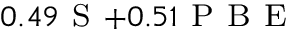
_ { 0 . 4 9 \mathrm { ~ S ~ } + 0 . 5 1 \mathrm { ~ P ~ B ~ E ~ } }